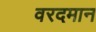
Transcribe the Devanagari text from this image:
वरदमान